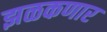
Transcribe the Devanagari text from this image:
झळकणार